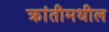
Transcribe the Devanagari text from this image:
क्रांतीमधील